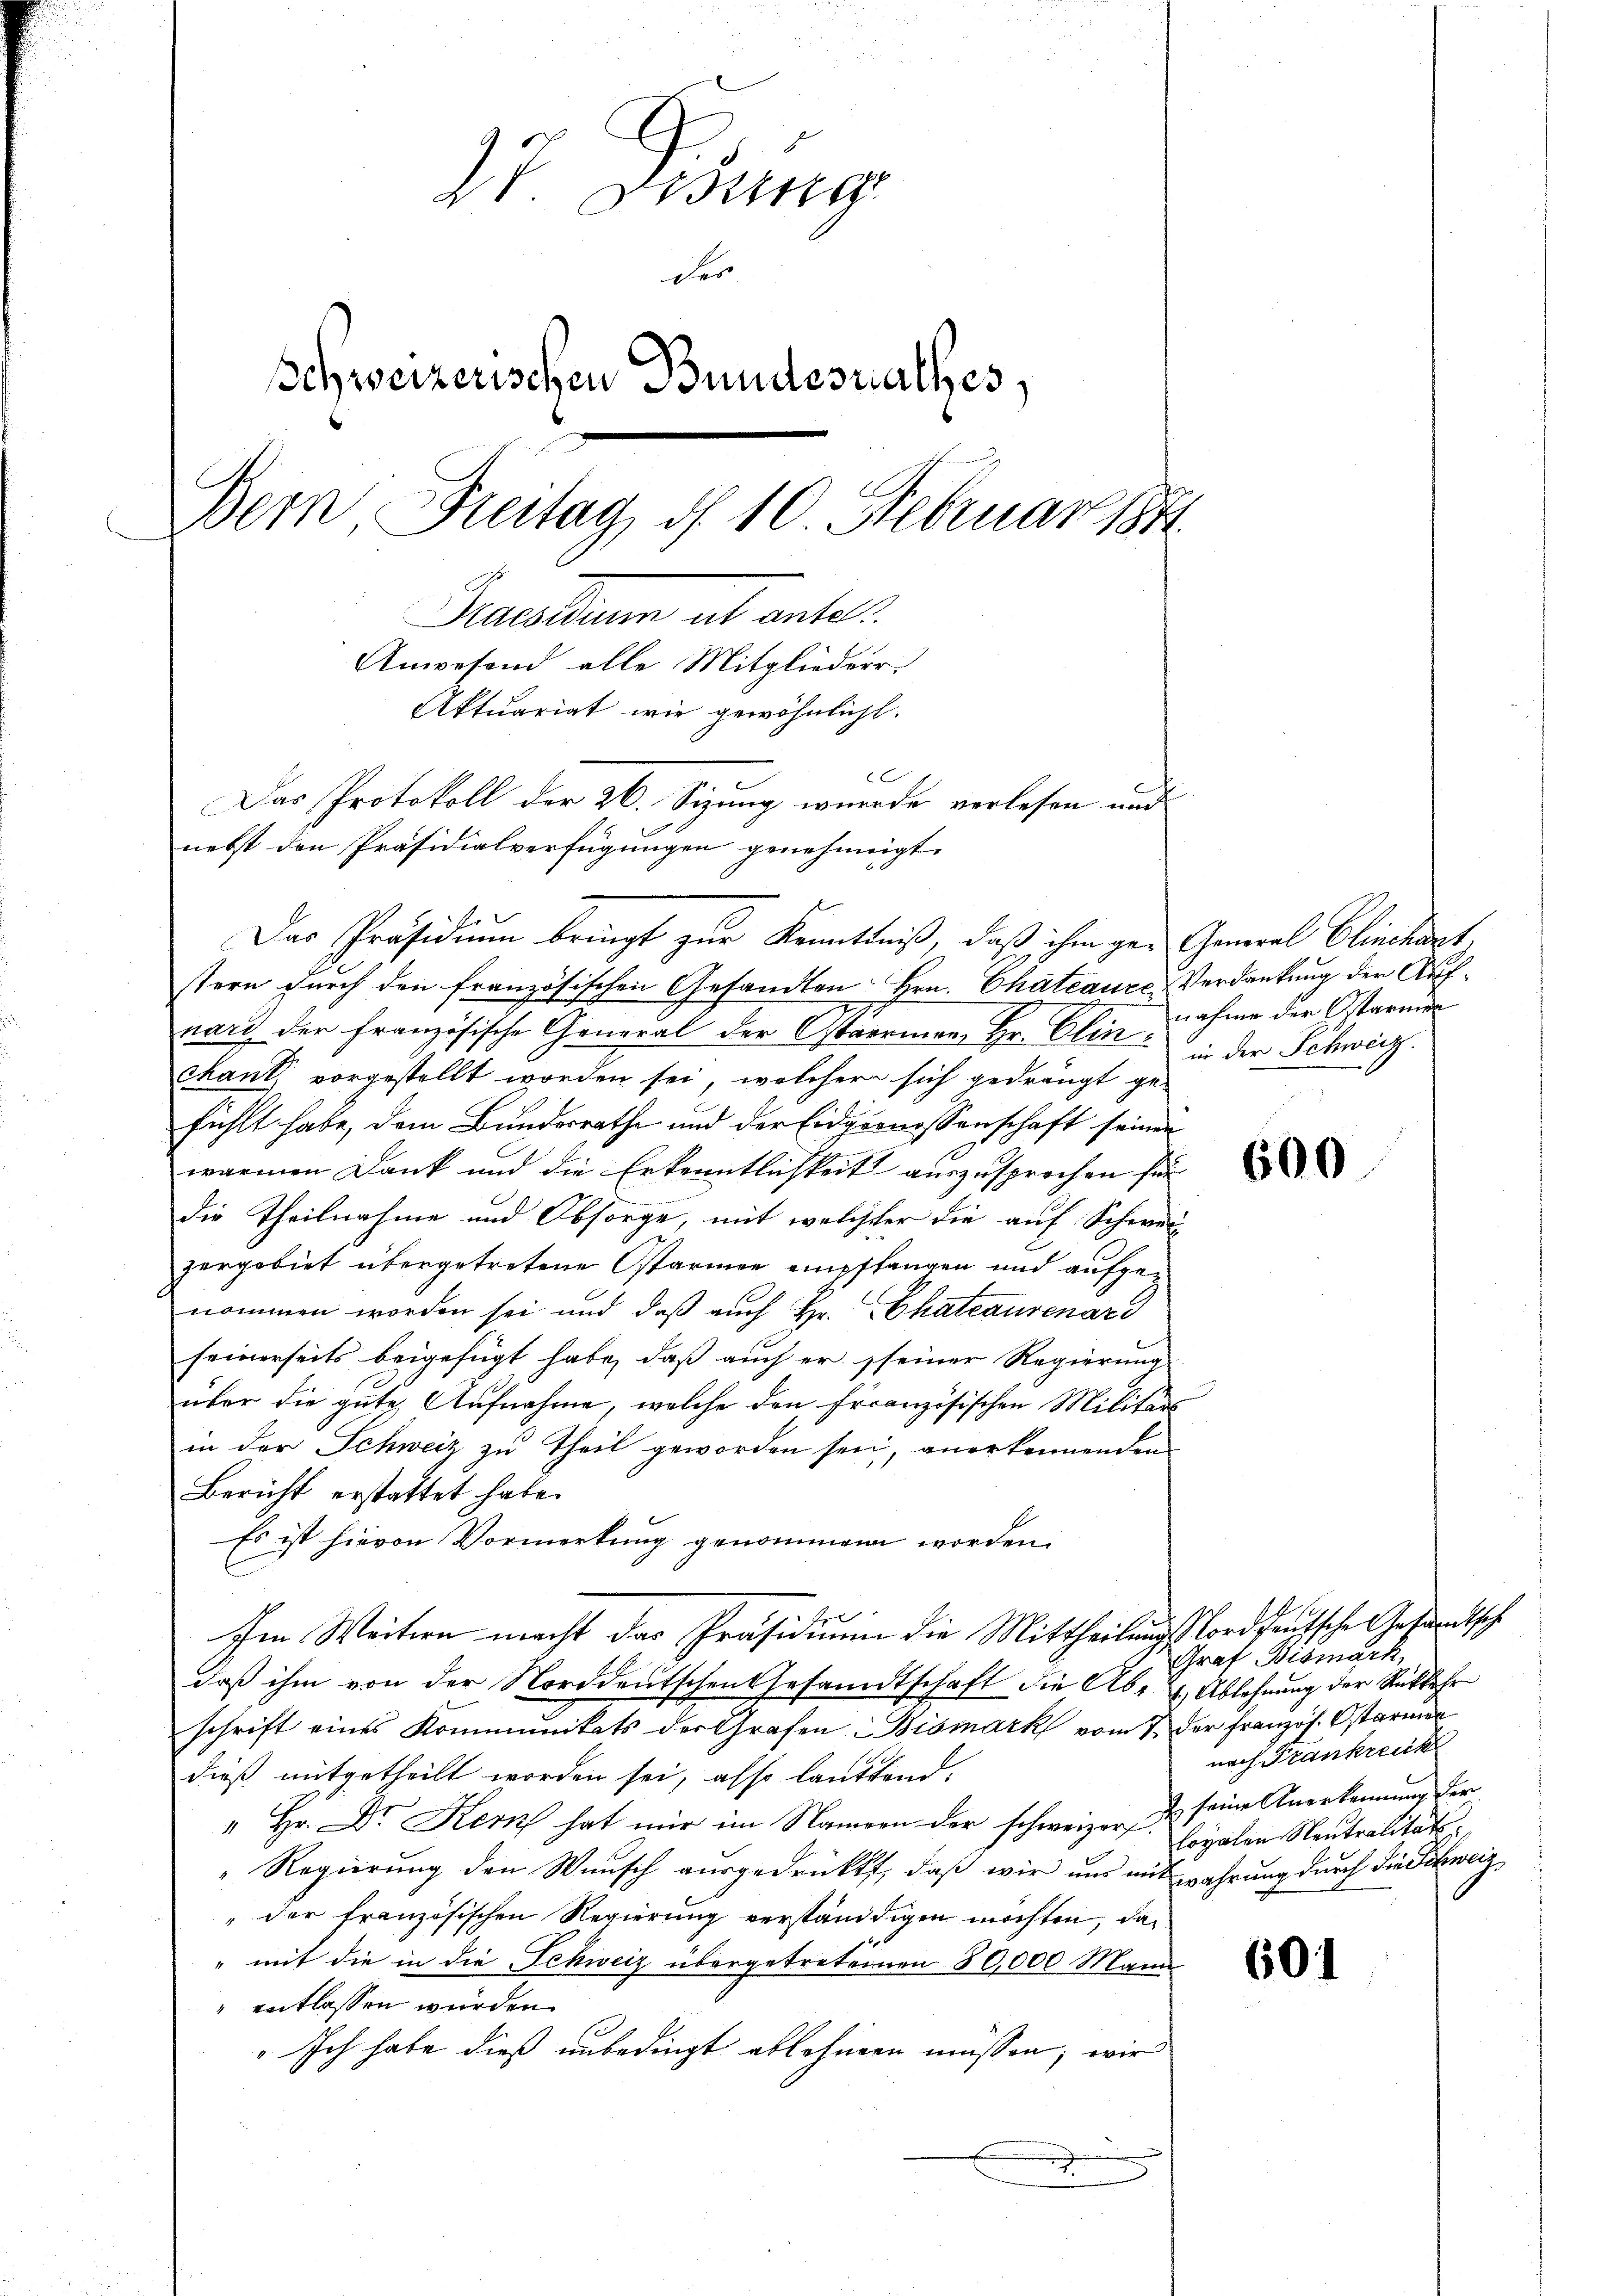
7 Didung
der
Schweizerischen Bundesrathes,
Bern Breitag d. 10. Februar 1841.
Praestium ab antel.
Anwesend alle Mitgliederr
Aktuariat wie gewöhnlicht.
C
Das Protokoll der 26. Sizung wurde verlesen und
nebst den Präsidialverfügŭngen genehmigt.

Der Präsidium bringt zur Kenntniß, daß ihm ge- General Clinchdat,
stern durch den französischen Gesandten Hrn. Chateaure Verdankung der Aufnari der Französische General der Ostäermann Hr. Clin zahme der Otarum
cant vorgestellt worden sei, welcher sich gedrängt ge-
fühlt habe, dem Bundesrathe und der Eidgenossenschaft seinen
warmen Dank und die Erkenntlichkeit auszusprochen für
die Theilnahme und Obsorge, mit welcher die auf Schwei-
zergebiet übergetretene Ostarien empffangen und aufgenommen worden sei und daß auch Hr. Chateausenard
seinerseits beigefügt habe, daß auch er seiner Regierung
über die gute Aufnahme, welche den Französischen Militärs
in der Schweiz zu Theil geworden sei, anerkennenden
Bericht erstattet habe.
Es ist hievon Vormerkung genommen worden.
Im Weitern macht das Präsidium die Mittheilungsforddeutsche Gesandtsche
daß ihm von der Norddeutschen Gesandtschaft die Ab- & Ablehnung der Rückkehr
schrift eines Kommunitats der Grafen Bismark vom 7. der französ. Ostarmen
dieß mitgetheilt worden sei, also lautend.
" Hr. Dr Kern hat mir im Namen der schweizer, u seine Anerkennung der
Regierung den Wunsch ausgedrückt, daß wir uns mit wahrung durch die Schweiz
" der französischen Regierung verständigen möchten, da
" mit die in die Schweiz übergetretenen 80,000 Mann
" entlassen wurden.
Ich habe dieß unbedingt ablehnen müssen, wir

in der Schweiz.

600

Graf Bismark,
nach Frankreck
loyalen Neutralitäts-

601